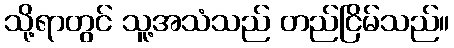
သို့ရာတွင် သူ့အသံသည် တည်ငြိမ်သည်။